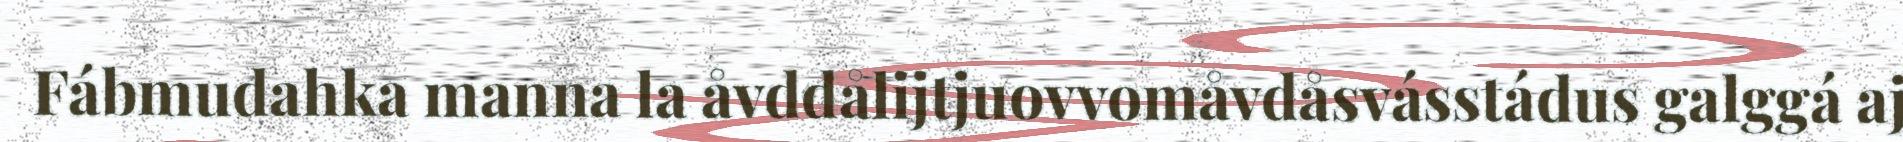
Fábmudahka manna la åvddålijtjuovvomåvdåsvásstádus galggá aj